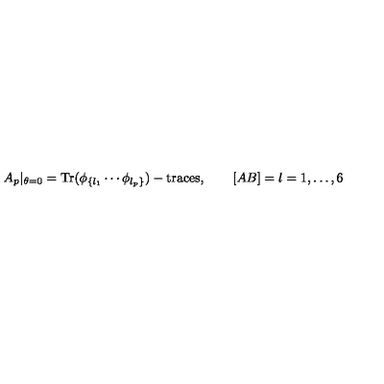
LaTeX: A _ { p } | _ { \theta = 0 } = { \mathrm { T r } } ( \phi _ { \{ l _ { 1 } } \cdots \phi _ { l _ { p } \} } ) - { \mathrm { t r a c e s } } , \qquad [ A B ] = l = 1 , \dots , 6